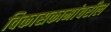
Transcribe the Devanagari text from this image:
विकासकामांवरील